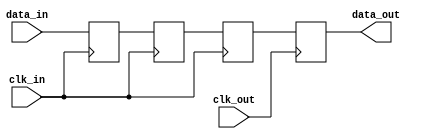
module synchronizer(
    input wire clk_in,
    input wire data_in,
    input wire clk_out,
    output reg data_out
);

reg flops[2:0];

always @(posedge clk_in) begin
    flops[0] <= data_in;
    flops[1] <= flops[0];
    flops[2] <= flops[1];
end

always @(posedge clk_out) begin
    data_out <= flops[2];
end

endmodule